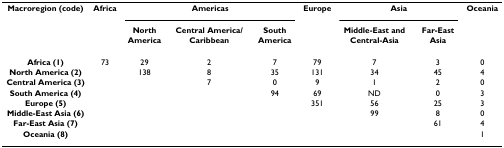
<table><thead><tr><td><b>Macroregion (code)</b></td><td><b>Africa</b></td><td colspan="3"><b>Americas</b></td><td><b>Europe</b></td><td colspan="2"><b>Asia</b></td><td><b>Oceania</b></td></tr><tr><td>[EMPTY_CELL]</td><td>[EMPTY_CELL]</td><td><b>North America</b></td><td><b>Central America/Caribbean</b></td><td><b>South America</b></td><td>[EMPTY_CELL]</td><td><b>Middle-East and Central-Asia</b></td><td><b>Far-East Asia</b></td><td>[EMPTY_CELL]</td></tr></thead><tbody><tr><td><b>Africa (1)</b></td><td>73</td><td>29</td><td>2</td><td>7</td><td>79</td><td>7</td><td>3</td><td>0</td></tr><tr><td><b>North America (2)</b></td><td>[EMPTY_CELL]</td><td>138</td><td>8</td><td>35</td><td>131</td><td>34</td><td>45</td><td>4</td></tr><tr><td><b>Central America (3)</b></td><td>[EMPTY_CELL]</td><td>[EMPTY_CELL]</td><td>7</td><td>0</td><td>9</td><td>1</td><td>2</td><td>0</td></tr><tr><td><b>South America (4)</b></td><td>[EMPTY_CELL]</td><td>[EMPTY_CELL]</td><td>[EMPTY_CELL]</td><td>94</td><td>69</td><td>ND</td><td>0</td><td>3</td></tr><tr><td><b>Europe (5)</b></td><td>[EMPTY_CELL]</td><td>[EMPTY_CELL]</td><td>[EMPTY_CELL]</td><td>[EMPTY_CELL]</td><td>351</td><td>56</td><td>25</td><td>3</td></tr><tr><td><b>Middle-East Asia (6)</b></td><td>[EMPTY_CELL]</td><td>[EMPTY_CELL]</td><td>[EMPTY_CELL]</td><td>[EMPTY_CELL]</td><td>[EMPTY_CELL]</td><td>99</td><td>8</td><td>0</td></tr><tr><td><b>Far-East Asia (7)</b></td><td>[EMPTY_CELL]</td><td>[EMPTY_CELL]</td><td>[EMPTY_CELL]</td><td>[EMPTY_CELL]</td><td>[EMPTY_CELL]</td><td>[EMPTY_CELL]</td><td>61</td><td>4</td></tr><tr><td><b>Oceania (8)</b></td><td>[EMPTY_CELL]</td><td>[EMPTY_CELL]</td><td>[EMPTY_CELL]</td><td>[EMPTY_CELL]</td><td>[EMPTY_CELL]</td><td>[EMPTY_CELL]</td><td>[EMPTY_CELL]</td><td>1</td></tr></tbody></table>